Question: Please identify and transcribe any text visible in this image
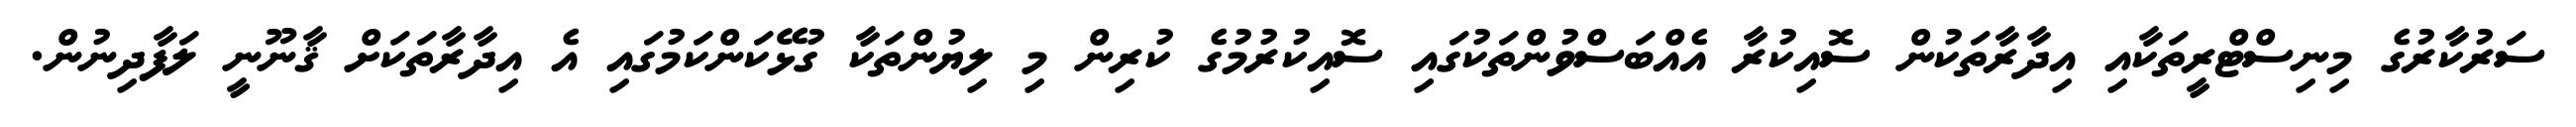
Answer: ސަރުކާރުގެ މިނިސްޓްރީތަކާއި އިދާރާތަކުން ސޮއިކުރާ އެއްބަސްވުންތަކުގައި ސޮއިކުރުމުގެ ކުރިން މި ލިޔުންތަކާ ގުޅޭކަންކަމުގައި އެ އިދާރާތަކަށް ޤާނޫނީ ލަފާދިނުން.